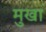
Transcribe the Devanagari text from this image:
मुखा